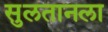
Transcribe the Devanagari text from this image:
सुलतानला